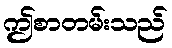
ဤစာတမ်းသည်